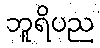
ဘူရိပည